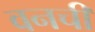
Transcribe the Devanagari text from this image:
वनची